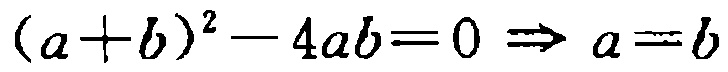
\((a + b)^2 - 4ab = 0 \Rightarrow a = b\)